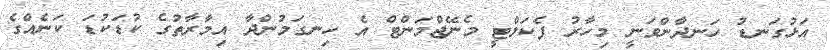
އަޅުގަނޑު ހަނދާންވަނީ މިހާރު ފެކަލްޓީ މެނޭޖްމަންޓް އެ ހިނގަމުންދާ އިމާރާތުގެ ކުޑަކުޑަ ކަނެއްގެ